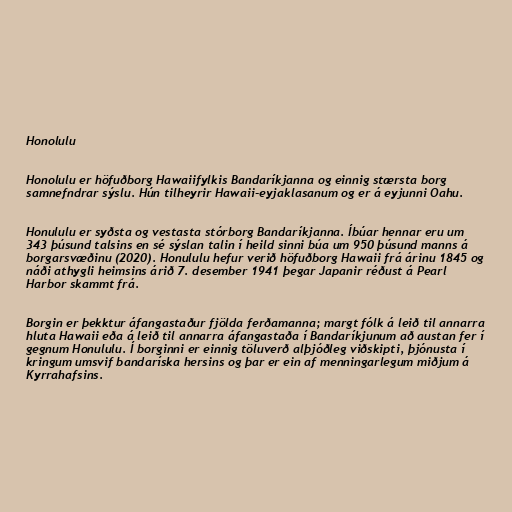
Honolulu

Honolulu er höfuðborg Hawaiifylkis Bandaríkjanna og einnig stærsta borg
samnefndrar sýslu. Hún tilheyrir Hawaii-eyjaklasanum og er á eyjunni Oahu.

Honululu er syðsta og vestasta stórborg Bandaríkjanna. Íbúar hennar eru um
343 þúsund talsins en sé sýslan talin í heild sinni búa um 950 þúsund manns á
borgarsvæðinu (2020). Honululu hefur verið höfuðborg Hawaii frá árinu 1845 og
náði athygli heimsins árið 7. desember 1941 þegar Japanir réðust á Pearl
Harbor skammt frá.

Borgin er þekktur áfangastaður fjölda ferðamanna; margt fólk á leið til annarra
hluta Hawaii eða á leið til annarra áfangastaða í Bandaríkjunum að austan fer í
gegnum Honululu. Í borginni er einnig töluverð alþjóðleg viðskipti, þjónusta í
kringum umsvif bandaríska hersins og þar er ein af menningarlegum miðjum á
Kyrrahafsins.